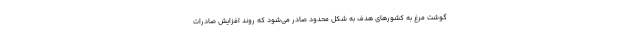
گوشت مرغ به کشورهای هدف به شکل محدود صادر می‌شود که روند افزایش صادرات